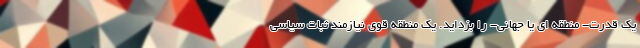
یک قدرت- منطقه ای یا جهانی- را بزداید. یک منطقه قوی نیازمند ثبات سیاسی